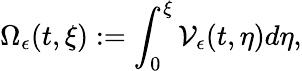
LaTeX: \Omega_{\epsilon}(t,\xi):=\int_{0}^{\xi}\mathcal{V}_{\epsilon}(t,\eta)d\eta,